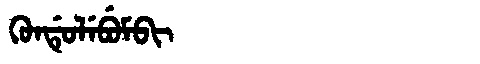
Manchu: ᡴᡠᠨᡩᡠᠯᡝᠪᡠᠮᠪᡳ
Romanization: KUNDULEBUMBI